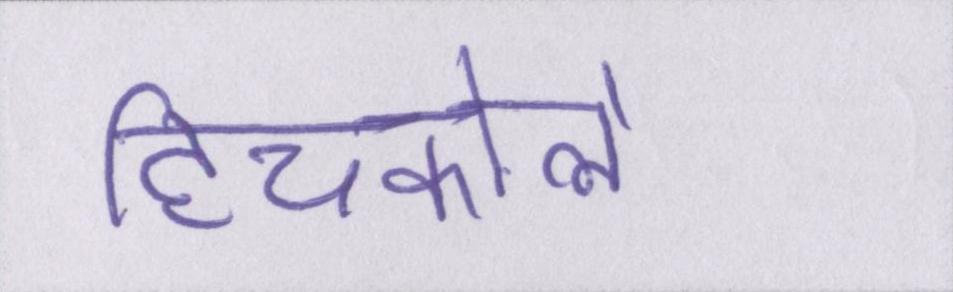
हिचकोले